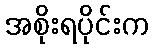
အစိုးရပိုင်းက